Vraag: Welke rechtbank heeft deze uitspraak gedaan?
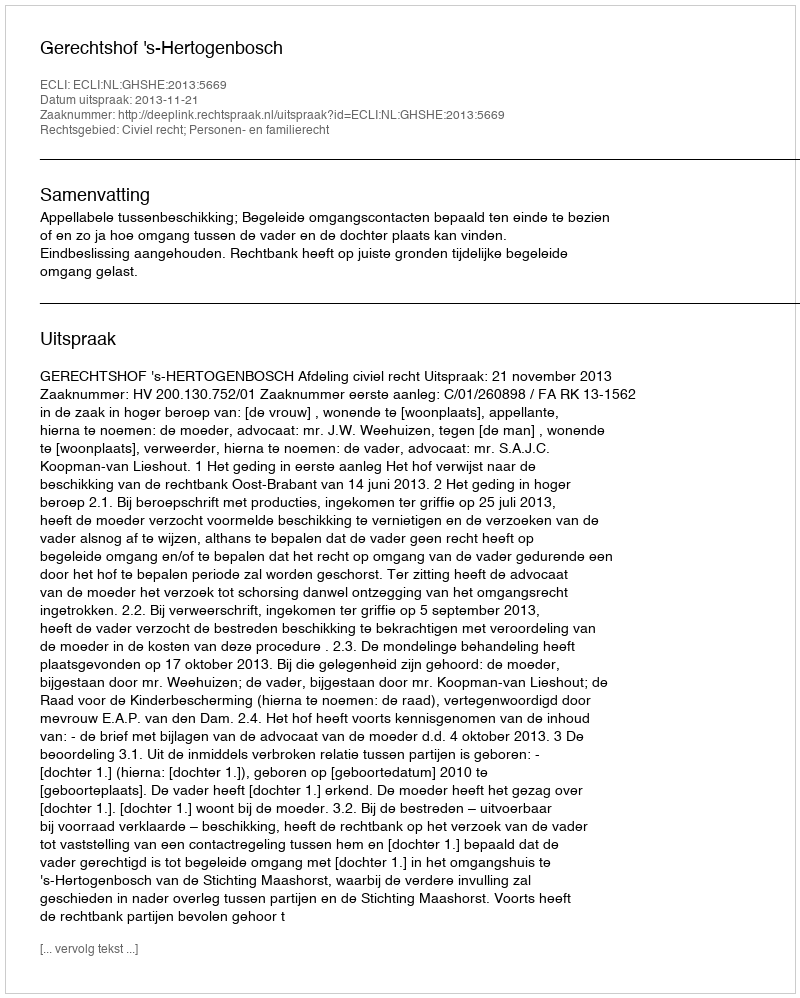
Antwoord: Gerechtshof 's-Hertogenbosch